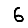
Digit: 6